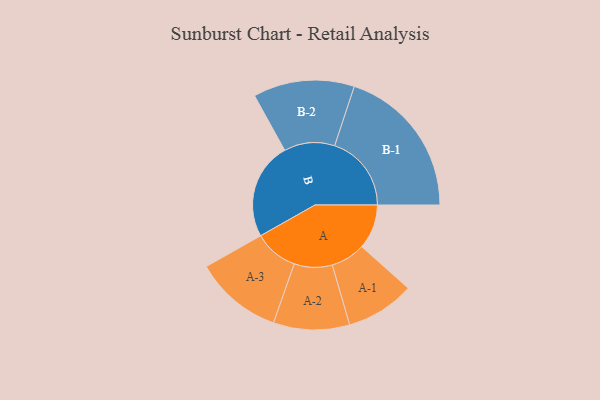
{"axis": {"x": "Segment", "y": "Value"}, "legend": ["", "A", "B"], "data": [{"x": "A", "y": 135, "type": ""}, {"x": "B", "y": 293, "type": ""}, {"x": "A-1", "y": 104, "type": "A"}, {"x": "A-2", "y": 115, "type": "A"}, {"x": "A-3", "y": 133, "type": "A"}, {"x": "B-1", "y": 232, "type": "B"}, {"x": "B-2", "y": 153, "type": "B"}]}